Civil Veterinary Dept. Bombay admin report 1914-1922 - 1914-1922
Year: 1914
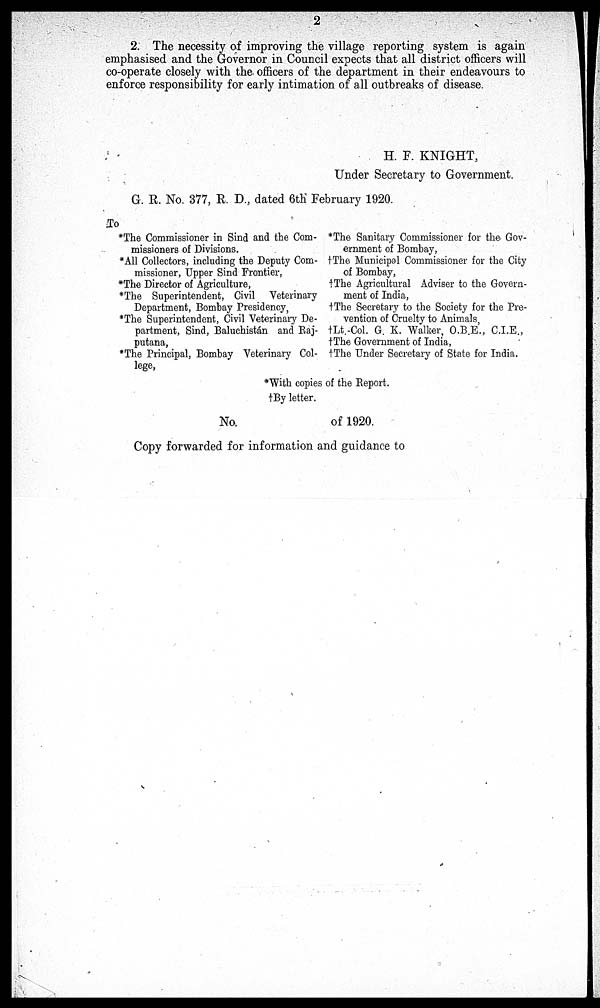
2
2. The necessity of improving the village reporting system is again
emphasised and the Governor in Council expects that all district officers will
co-operate closely with the officers of the department in their endeavours to
enforce responsibility for early intimation of all outbreaks of disease.
H. F. KNIGHT,
Under Secretary to Government.
G. R. No. 377, R. D., dated 6th February 1920.
To
*The Commissioner in Sind and the Com-
missioners of Divisions.
*All Collectors, including the Deputy Com-
missioner, Upper Sind Frontier,
*The Director of Agriculture,
*The Superintendent, Civil Veterinary
Department, Bombay Presidency,
*The Superintendent, Civil Veterinary De-
partment, Sind, Baluchistán and Raj¬
putana,
*The Principal, Bombay Veterinary Col-
lege,
*The Sanitary Commissioner for the Gov-
ernment of Bombay,
†The Municipal Commissioner for the City
of Bombay,
†The Agricultural Adviser to the Govern-
ment of India,
†The Secretary to the Society for the Pre-
vention of Cruelty to Animals,
†Lt -Col. G. K. Walker, O.B.E., C.I.E.,
†The Government of India,
†The Under Secretary of State for India.
*With copies of the Report.
†By letter.
No.
of 1920.
Copy forwarded for information and guidance to